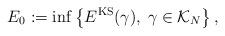
LaTeX: \begin{align*}E_0 := \inf \left\{ E^{\rm KS}(\gamma), \; \gamma \in {\cal K}_N \right\},\end{align*}